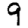
Digit: 9